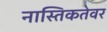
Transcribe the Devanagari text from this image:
नास्तिकतेवर